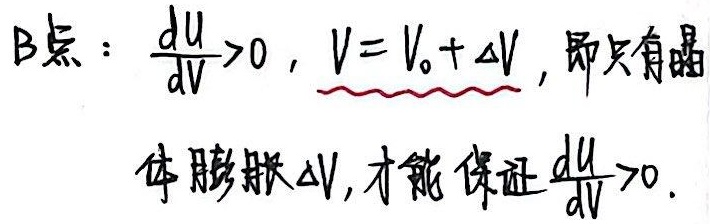
B点：只有晶体膨胀$\Delta V$，才能保证$\frac{\mathrm{d}U}{\mathrm{d}V}>0$，此时$\frac{\mathrm{d}U}{\mathrm{d}V}>0$，$V = V_0+\Delta V$。